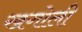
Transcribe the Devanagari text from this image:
खगोली